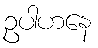
ဥပါဟနေ